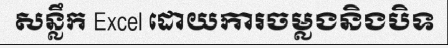
សន្លឹក Excel ដោយការចម្លងនិងបិទ